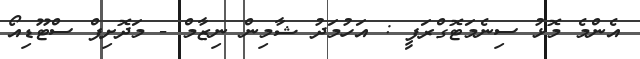
އެންމެ މޮޅު ސިނެމަޓޮގްރަފީ : އަހުމަދު ޝާމިން ނިޒާމް - މަދޮށިޕް ސްޓޫޑިއޯ